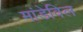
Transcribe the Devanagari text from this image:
मांडेविल